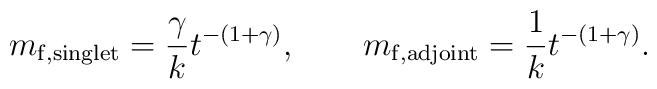
m_{\rm f, singlet} = \frac{\gamma}{k} t^{-(1+\gamma)}, \qquad m_{\rm f, adjoint}  =  \frac{1}{k} t^{-(1+\gamma)}.